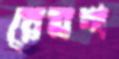
রেমশ